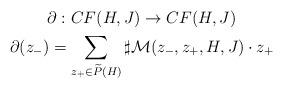
LaTeX: \begin{gather*}\partial:CF(H,J)\rightarrow CF(H,J) \\\partial(z_-)=\sum_{z_+\in \widetilde{P}(H)}\sharp \mathcal{M}(z_-,z_+,H,J)\cdot z_+\end{gather*}